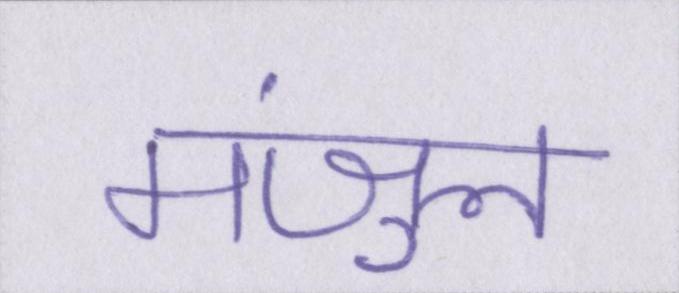
मंजुल